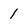
Character: 1